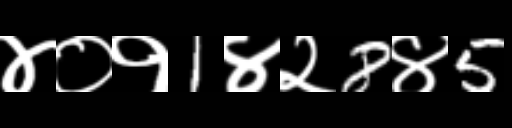
Text: ४०१1४२8४5